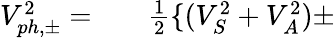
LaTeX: \begin{array}{rlr}{V_{ph,\pm}^{2}=}&{{}}&{\frac{1}{2}\{ (V_{S}^{2}+V_{A}^{2})\pm}\end{array}